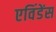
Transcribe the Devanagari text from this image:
एविंडेंस